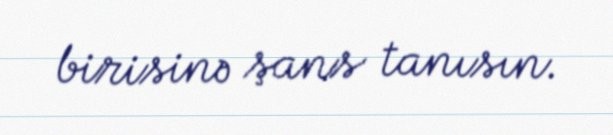
birisinə şans tanısın.